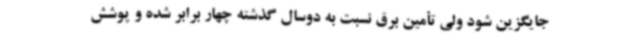
جایگزین شود ولی تأمین برق نسبت به دوسال گذشته چهار برابر شده و پوشش